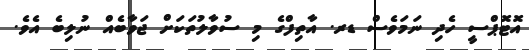
އޮޓޮޕްސީ ހެދި ނަމަވެސް ޑރ. އާތިފްގެ މި ސުވާލުތަކަށް ޖަވާބެއް ނުލިބެ އެވެ.